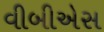
વીબીએસ